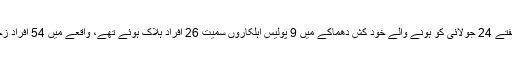
خیال رہے کہ رواں ہفتے 24 جولائی کو ہونے والے خود کش دھماکے میں 9 پولیس اہلکاروں سمیت 26 افراد ہلاک ہوئے تھے، واقعے میں 54 افراد زخمی بھی ہوئے تھے۔